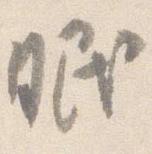
眠